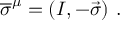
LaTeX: { \overline { { \sigma } } } ^ { \mu } = ( I , - { \vec { \sigma } } ) ~ .